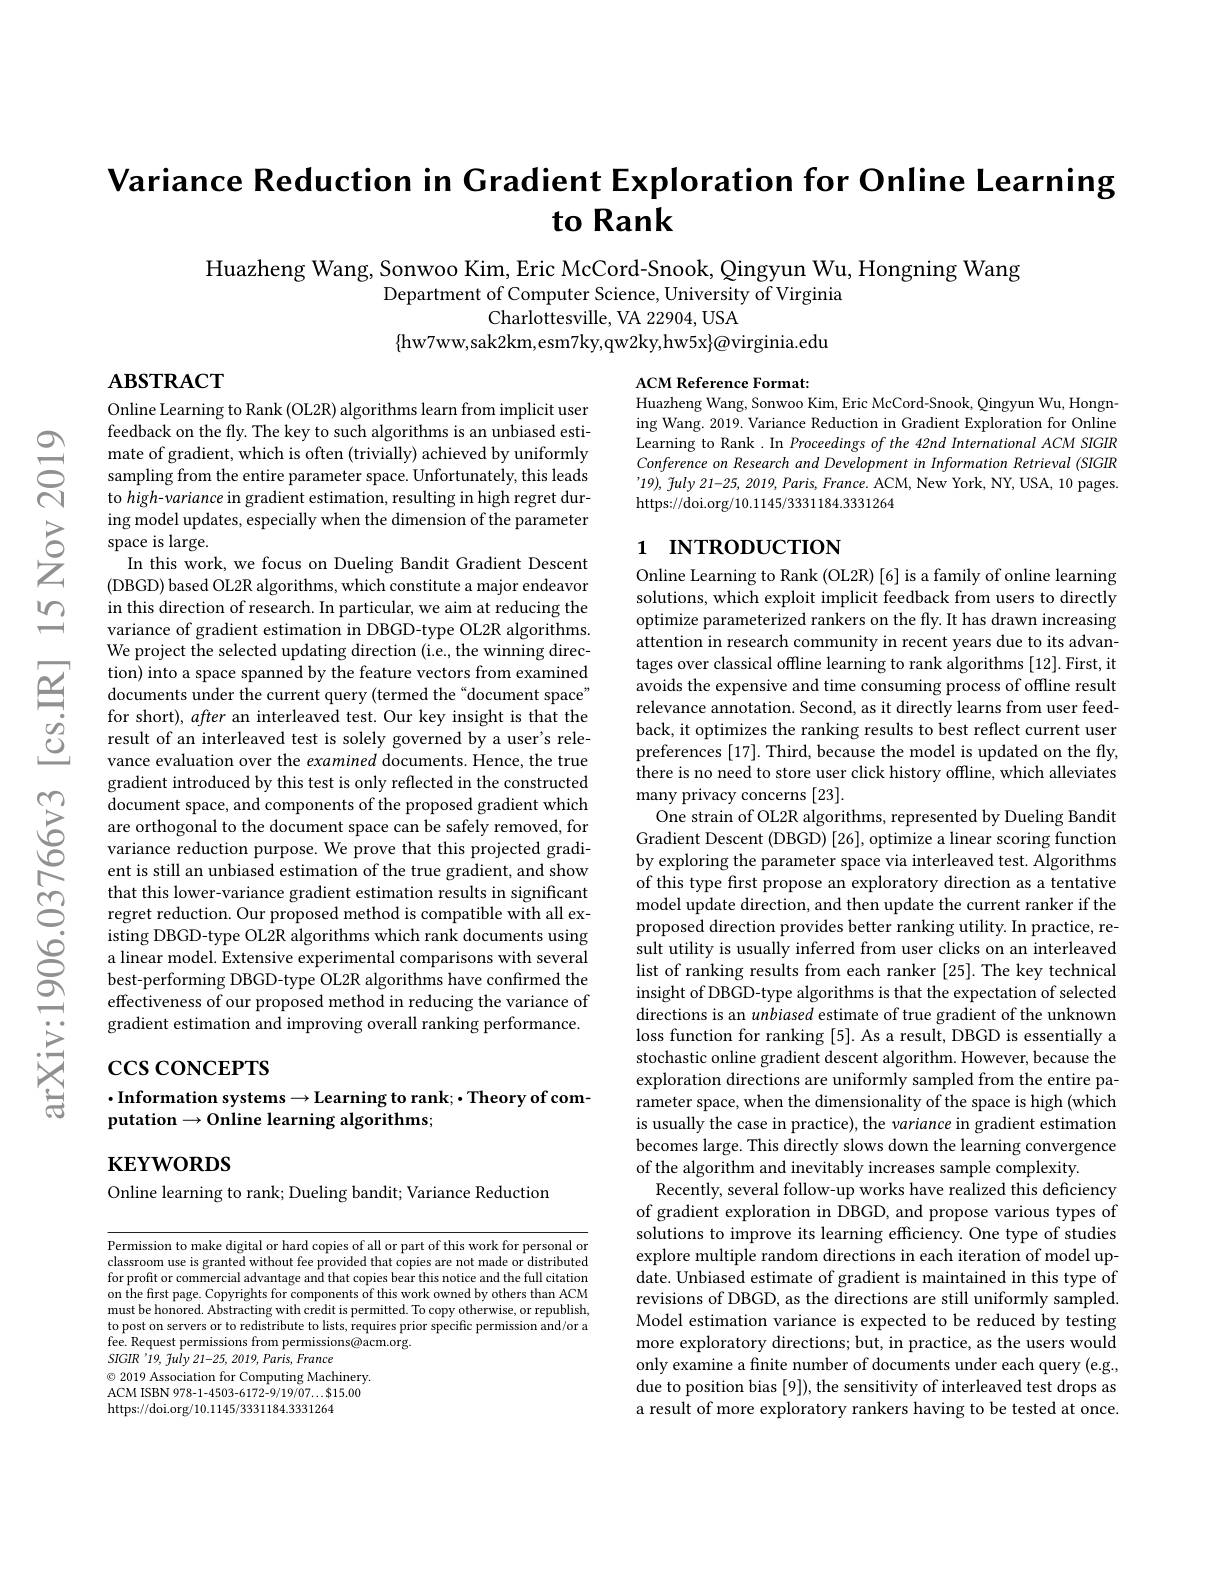
$ન્રિ$

# Variance Reduction in Gradient Exploration for Online Learning to Rank

Huazheng Wang, Sonwoo Kim, Eric McCord-Snook, Qingyun Wu, Hongning Wang
Department of Computer Science, University of Virginia
Charlottesville, VA 22904, USA
$\{$hw7ww,sak2km,esm7ky,qw2ky,hw5x$\}\textcircled{\text{ovirginia.edu}}$

$\mathbf{ABSTRACT}$

ACM Reference Format:
Huazheng Wang, Sonwoo Kim, Eric McCord-Snook, Qingyun Wu, Hongning Wang. 2019. Variance Reduction in Gradient Exploration for Online Learning to Rank .In Proceedings of the 42nd International ACM SIGIR Conference on Research and Development in Information Retrieval (SIGIR '19), fuly 21-25, 2019, Paris, France. ACM, New York, NY, USA, 10 pages. https://doi.org/10.1145/3331184.3331264

## 1 INTRODUCTION

Online Learning to Rank (OL2R) algorithms learn from implicit user feedback on the fly. The key to such algorithms is an unbiased estimate of gradient, which is often (trivially) achieved by uniformly sampling from the entire parameter space. Unfortunately, this leads to high-variance in gradient estimation, resulting in high regret during model updates, especially when the dimension of the parameter
$\begin{array}{ccc}{\textcircled{5}}&{{\mathrm{~space~is~large.}}}\\{\textcircled{5}}&{{\mathrm{~In~this~wor}}}\\{{\mathrm{~(DBGD)based}}}\end{array}$
In this work, we focus on Dueling Bandit Gradient Descent (DBGD) based OL2R algorithms, which constitute a major endeavor in this direction of research. In particular, we aim at reducing the variance of gradient estimation in DBGD-type OL2R algorithms. We project the selected updating direction (i.e., the winning direction) into a space spanned by the feature vectors from examined documents under the current query (termed the “document space” for short), after an interleaved test. Our key insight is that the result of an interleaved test is solely governed by a user's relevance evaluation over the examined documents. Hence, the true gradient introduced by this test is only reflected in the constructed document space, and components of the proposed gradient which are orthogonal to the document space can be safely removed, for variance reduction purpose. We prove that this projected gradient is still an unbiased estimation of the true gradient, and show that this lower-variance gradient estimation results in significant regret reduction. Our proposed method is compatible with all existing DBGD-type OL2R algorithms which rank documents using a linear model. Extensive experimental comparisons with several best-performing DBGD-type OL2R algorithms have confirmed the effectiveness of our proposed method in reducing the variance of
ettectiveness of our proposed method m reducing the varlance. of 三 gradient estimation and improving overall ranking performance. ccs CONCEPTS $\textbf{- Information systems}\to$Learning to rank; • Theory of com- putation$\to 0$nline learning leorithms:

Online Learning to Rank (OL2R) [6] is a family of online learning solutions, which exploit implicit feedback from users to directly optimize parameterized rankers on the fly. It has drawn increasing attention in research community in recent years due to its advantages over classical offline learning to rank algorithms [12]. First, it avoids the expensive and time consuming process of offline result relevance annotation. Second, as it directly learns from user feedback, it optimizes the ranking results to best reflect current user preferences [17]. Third, because the model is updated on the fly, there is no need to store user click history offline, which alleviates many privacy concerns [23].
One strain of OL2R algorithms, represented by Dueling Bandit Gradient Descent (DBGD) [26], optimize a linear scoring function by exploring the parameter space via interleaved test. Algorithms of this type first propose an exploratory direction as a tentative model update direction, and then update the current ranker if the proposed direction provides better ranking utility. In practice, result utility is usually inferred from user clicks on an interleaved list of ranking results from each ranker [25]. The key technical insight of DBGD-type algorithms is that the expectation of selected directions is an unbiased estimate of true gradient of the unknown loss function for ranking [5]. As a result, DBGD is essentially a stochastic online gradient descent algorithm. However, because the exploration directions are uniformly sampled from the entire parameter space, when the dimensionality of the space is high (which is usually the case in practice), the variance in gradient estimation becomes large. This directly slows down the learning convergence of the algorithm and inevitably increases sample complexity.
Recently, several follow-up works have realized this deficiency of gradient exploration in DBGD, and propose various types of solutions to improve its learning efficiency. One type of studies explore multiple random directions in each iteration of model update. Unbiased estimate of gradient is maintained in this type of revisions of DBGD, as the directions are still uniformly sampled. Model estimation variance is expected to be reduced by testing more exploratory directions; but, in practice, as the users would only examine a finite number of documents under each query (e.g., due to position bias [9]), the sensitivity of interleaved test drops as a result of more exploratory rankers having to be tested at once.

# putation$\to$O$nline learning algorithms;$

$\mathbf{KEYWORDS}$

Online learning to rank; Dueling bandit; Variance Reduction

Permission to make digital or hard copies of all or part of this work for personal or classroom use is granted without fee provided that copies are not made or distributed for profit or commercial advantage and that copies bear this notice and the full citation on the first page. Copyrights for components of this work owned by others than ACM must be honored. Abstracting with credit is permitted. To copy otherwise, or republish, to post on servers or to redistribute to lists, requires prior specific permission and/or a fee. Request permissions from permissions@acm.org.
$SIGIR$ '19, fuly 21-25, 2019, Paris, France
$\textcircled{\circ}$ 2019 Association for Computing Machinery. ACM ISBN 978-1-4503-6172-9/19/07...$15.00 https://doi.org/10.1145/3331184.3331264